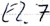
Text: E2.7